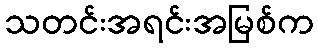
သတင်းအရင်းအမြစ်က